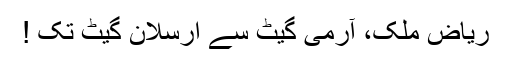
ریاض ملک، آرمی گیٹ سے ارسلان گیٹ تک !